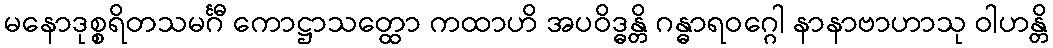
မနောဒုစ္စရိတသမင်္ဂီ ကောဋ္ဌာသတ္ထော ကထာဟိ အပဝိဒ္ဓန္တိ ဂန္ဓာရဝဂ္ဂေါ နာနာဗာဟာသု ဝါဟန္တိ